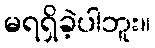
မရရှိခဲ့ပါဘူး။